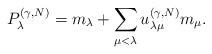
LaTeX: \begin{align*}P_{\lambda}^{(\gamma,N)} = m_{\lambda} + \sum_{\mu < \lambda} u_{\lambda\mu}^{(\gamma,N)} m_{\mu}. \end{align*}